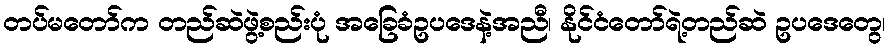
တပ်မတော်က တည်ဆဲဖွဲ့စည်းပုံ အခြေခံဥပဒေနဲ့အညီ၊ နိုင်ငံတော်ရဲ့တည်ဆဲ ဥပဒေတွေ၊